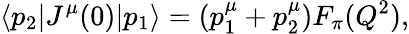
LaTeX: \langle p_{2}|J^{\mu}(0)|p_{1}\rangle=(p_{1}^{\mu}+p_{2}^{\mu})F_{\pi}(Q^{2}),